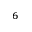
_ 6